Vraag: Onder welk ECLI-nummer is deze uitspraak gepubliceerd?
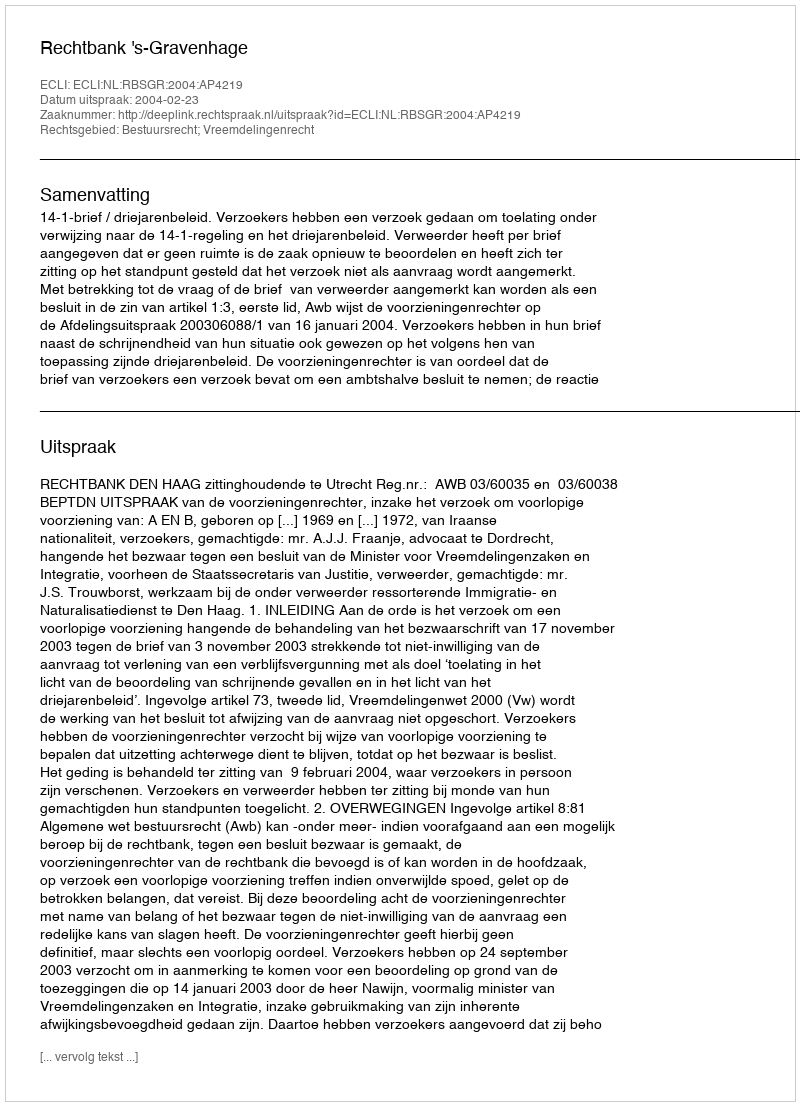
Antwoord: ECLI:NL:RBSGR:2004:AP4219